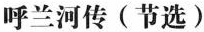
呼兰河传(节选)